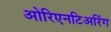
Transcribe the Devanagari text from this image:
ओरिएनटिअरिंग